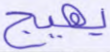
يهيج